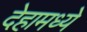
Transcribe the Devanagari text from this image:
देहामध्ये